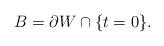
LaTeX: \begin{align*}B = \partial W \cap \{t=0\}.\end{align*}